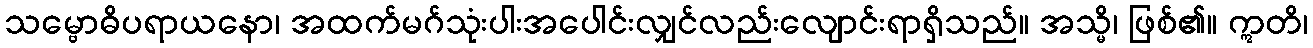
သမ္ဗောဓိပရာယနော၊ အထက်မဂ်သုံးပါးအပေါင်းလျှင်လည်းလျောင်းရာရှိသည်။ အသ္မိ၊ ဖြစ်၏။ ဣတိ၊